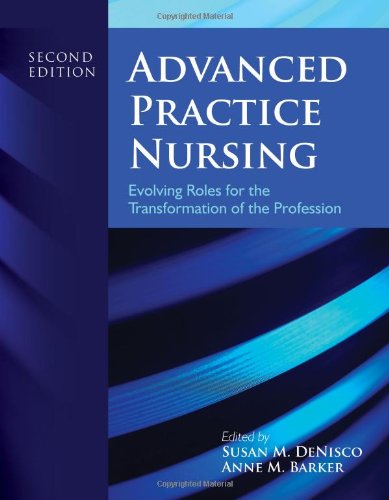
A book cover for Advanced Practice Nursing: Evolving Roles for the Transformation of the Profession; Susan M. DeNisco; Medical Books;